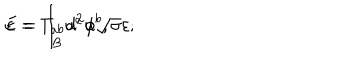
LaTeX: E = \int _ { \mathcal { B } } d ^ { 2 } \phi \sqrt { \sigma } \varepsilon ; \hspace { 1 c m } \varepsilon = T _ { a b } u ^ { a } u ^ { b } ,